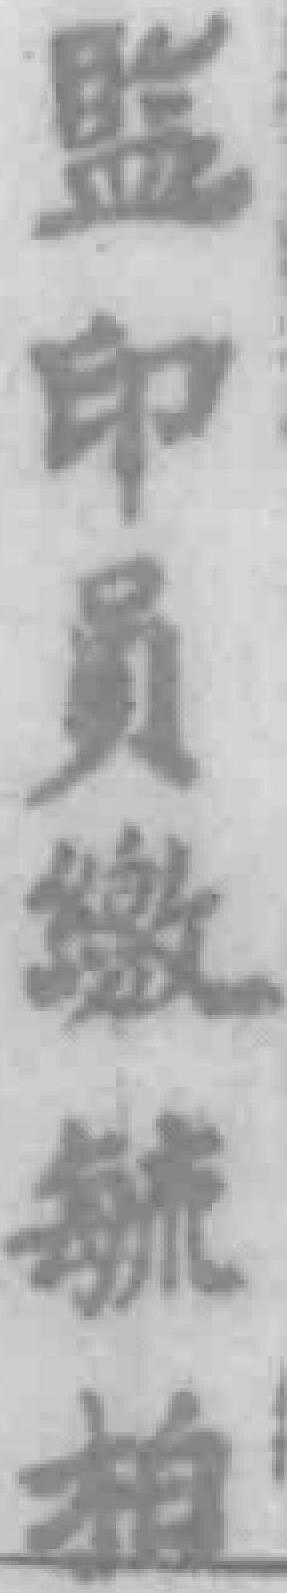
監印员缴毓拍